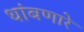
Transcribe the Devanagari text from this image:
थांबणारे